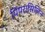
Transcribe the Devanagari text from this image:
पिपरासिलिन